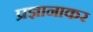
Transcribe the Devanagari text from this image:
प्रज्ञानाकर